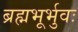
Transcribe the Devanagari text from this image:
ब्रह्मभूर्भुवः